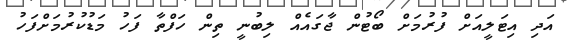
އަދި އިޓަލީއަށް ފުރުމަށް ބޯޓުން ޖާގައެއް ލިބުނީ ތިން ހަފްތާ ފަހު މަޑުކުރުމަށްފަހު